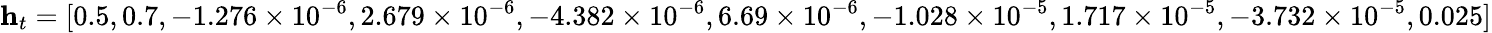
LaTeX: \mathbf{h}_{t}=[0.5,0.7,-1.276\times 10^{-6},2.679\times 10^{-6},-4.382\times 10^{-6},6.69\times 10^{-6},-1.028\times 10^{-5},1.717\times 10^{-5},-3.732\times 10^{-5},0.025]